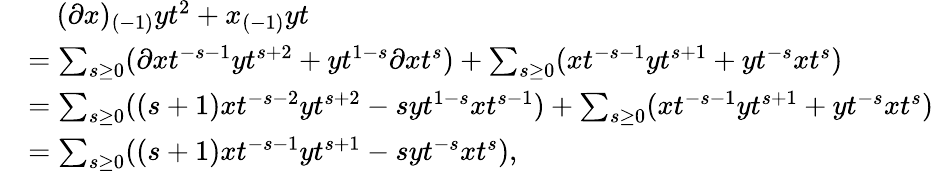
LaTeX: \begin{array}{rl}&{\quad(\partial x)_{(-1)}yt^{2}+x_{(-1)}yt}\\ &{=\sum_{s\geq 0}(\partial xt^{-s-1}yt^{s+2}+yt^{1-s}\partial xt^{s})+\sum_{s\geq 0}(xt^{-s-1}yt^{s+1}+yt^{-s}xt^{s})}\\ &{=\sum_{s\geq 0}((s+1)xt^{-s-2}yt^{s+2}-syt^{1-s}xt^{s-1})+\sum_{s\geq 0}(xt^{-s-1}yt^{s+1}+yt^{-s}xt^{s})}\\ &{=\sum_{s\geq 0}((s+1)xt^{-s-1}yt^{s+1}-syt^{-s}xt^{s}),}\end{array}